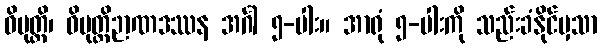
ဝိမုတ္တိ၊ ဝိမုတ္တိဉာဏဒဿန အင်္ဂါ ၅-ပါး။ အာရုံ ၅-ပါးကို သည်းခံနိုင်မှသာ